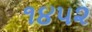
૧૪૫૨